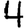
Digit: 4